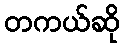
တကယ်ဆို